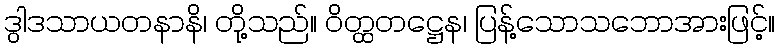
ဒွါဒသာယတနာနိ၊ တို့သည်။ ဝိတ္ထတဋ္ဌေန၊ ပြန့်သောသဘောအားဖြင့်။